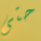
حتى